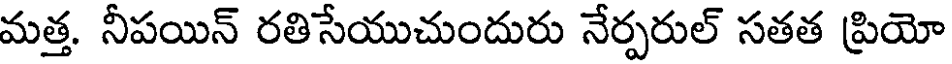
మత్త. నీపయిన్ రతిసేయుచుందురు నేర్పరుల్ సతత ప్రియో